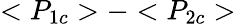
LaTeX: <P_{1c}>-<P_{2c}>